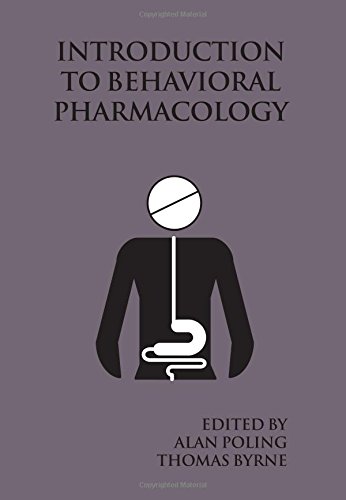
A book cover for Introduction to Behavioral Pharmacology; Medical Books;